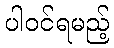
ပါဝင်ရမည့်